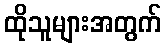
ထိုသူများအတွက်